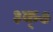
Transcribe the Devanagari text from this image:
३क्७